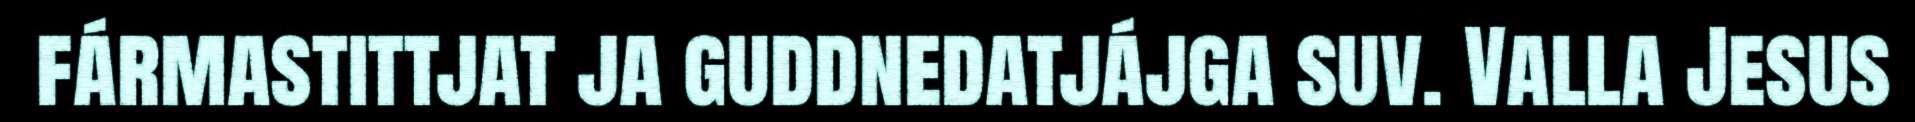
fármastittjat ja guddnedatjájga suv. Valla Jesus